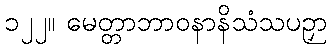
၁၂၂။ မေတ္တာဘာဝနာနိသံသပဉှာ